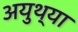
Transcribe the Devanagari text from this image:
अयुथ्या